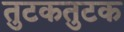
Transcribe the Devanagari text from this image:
तुटकतुटक